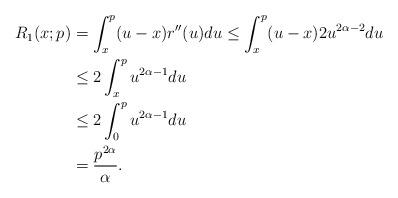
LaTeX: \begin{align*}R_1(x;p) & = \int_x^p (u-x)r''(u)du \leq \int_x^p (u-x) 2u^{2\alpha-2}du \\ &\leq 2 \int_x^p u^{2\alpha-1}du \\ &\leq 2 \int_0^p u^{2\alpha-1}du\\ &= \frac{p^{2\alpha}}{\alpha}.\end{align*}